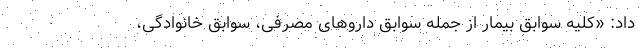
داد: «کلیه سوابق بیمار از جمله سوابق داروهای مصرفی، سوابق خانوادگی،